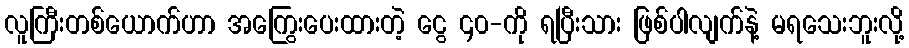
လူကြီးတစ်ယောက်ဟာ အကြွေးပေးထားတဲ့ ငွေ ၄၀-ကို ရပြီးသား ဖြစ်ပါလျက်နဲ့ မရသေးဘူးလို့